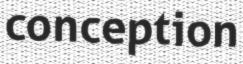
conception